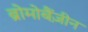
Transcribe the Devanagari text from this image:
ब्रोमोबैंज़ीन